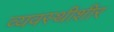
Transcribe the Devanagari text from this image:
व्यवस्थीशीर